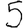
Digit: 5